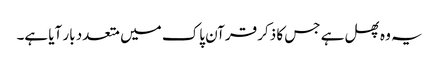
یہ وہ پھل ہے جس کا ذکر قرآن پاک میں متعدد بار آیا ہے۔